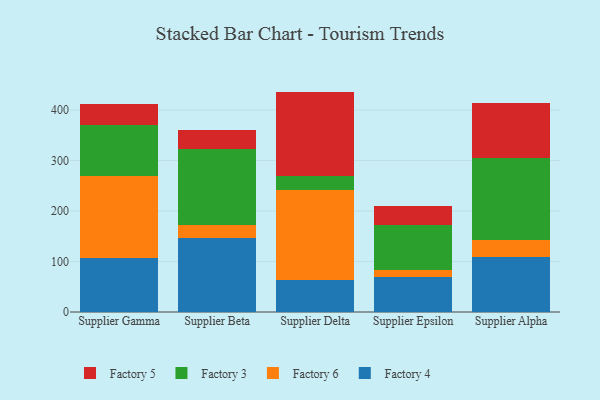
{"axis": {"x": "Supplier", "y": "Satisfaction Score"}, "legend": ["Factory 3", "Factory 4", "Factory 5", "Factory 6"], "data": [{"x": "Supplier Gamma", "y": 106.8, "type": "Factory 4"}, {"x": "Supplier Gamma", "y": 163.5, "type": "Factory 6"}, {"x": "Supplier Gamma", "y": 100.5, "type": "Factory 3"}, {"x": "Supplier Gamma", "y": 40.5, "type": "Factory 5"}, {"x": "Supplier Beta", "y": 147.4, "type": "Factory 4"}, {"x": "Supplier Beta", "y": 24.3, "type": "Factory 6"}, {"x": "Supplier Beta", "y": 150.6, "type": "Factory 3"}, {"x": "Supplier Beta", "y": 37.3, "type": "Factory 5"}, {"x": "Supplier Delta", "y": 63.5, "type": "Factory 4"}, {"x": "Supplier Delta", "y": 178.2, "type": "Factory 6"}, {"x": "Supplier Delta", "y": 27.7, "type": "Factory 3"}, {"x": "Supplier Delta", "y": 167.2, "type": "Factory 5"}, {"x": "Supplier Epsilon", "y": 69.7, "type": "Factory 4"}, {"x": "Supplier Epsilon", "y": 13.5, "type": "Factory 6"}, {"x": "Supplier Epsilon", "y": 89.8, "type": "Factory 3"}, {"x": "Supplier Epsilon", "y": 37.2, "type": "Factory 5"}, {"x": "Supplier Alpha", "y": 109.6, "type": "Factory 4"}, {"x": "Supplier Alpha", "y": 32.1, "type": "Factory 6"}, {"x": "Supplier Alpha", "y": 164.3, "type": "Factory 3"}, {"x": "Supplier Alpha", "y": 107.9, "type": "Factory 5"}]}